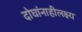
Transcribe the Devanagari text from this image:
दोघांनाहीलक्ष्य